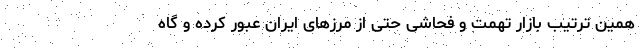
همین ترتیب بازار تهمت و فحاشی حتی از مرزهای ایران عبور کرده و گاه